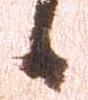
候